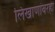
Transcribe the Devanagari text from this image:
लिखाणांवरही